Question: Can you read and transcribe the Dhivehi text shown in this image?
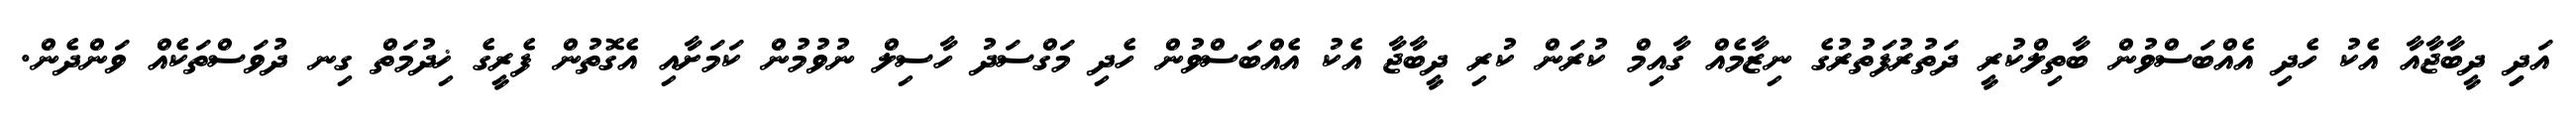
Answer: އަދިި ދީބާޖާއާ އެކު ހެދި އެއްބަސްވުން ބާތިލްކުރީ ދަތުރުފަތުރުގެ ނިޒާމެއް ގާއިމް ކުރަން ކުރި ދީބާޖާ އެކު އެއްބަސްވުން ހެދި މަގްސަދު ހާސިލް ނުވުމުން ކަމަށާއި އެގޮތުން ފެރީގެ ޚިދުމަތް ގިނ ދުވަސްތަކެއް ވަންދެން.